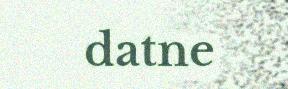
datne